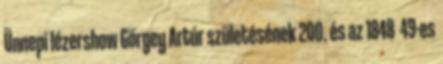
Ünnepi lézershow Görgey Artúr születésének 200. és az 1848 49-es